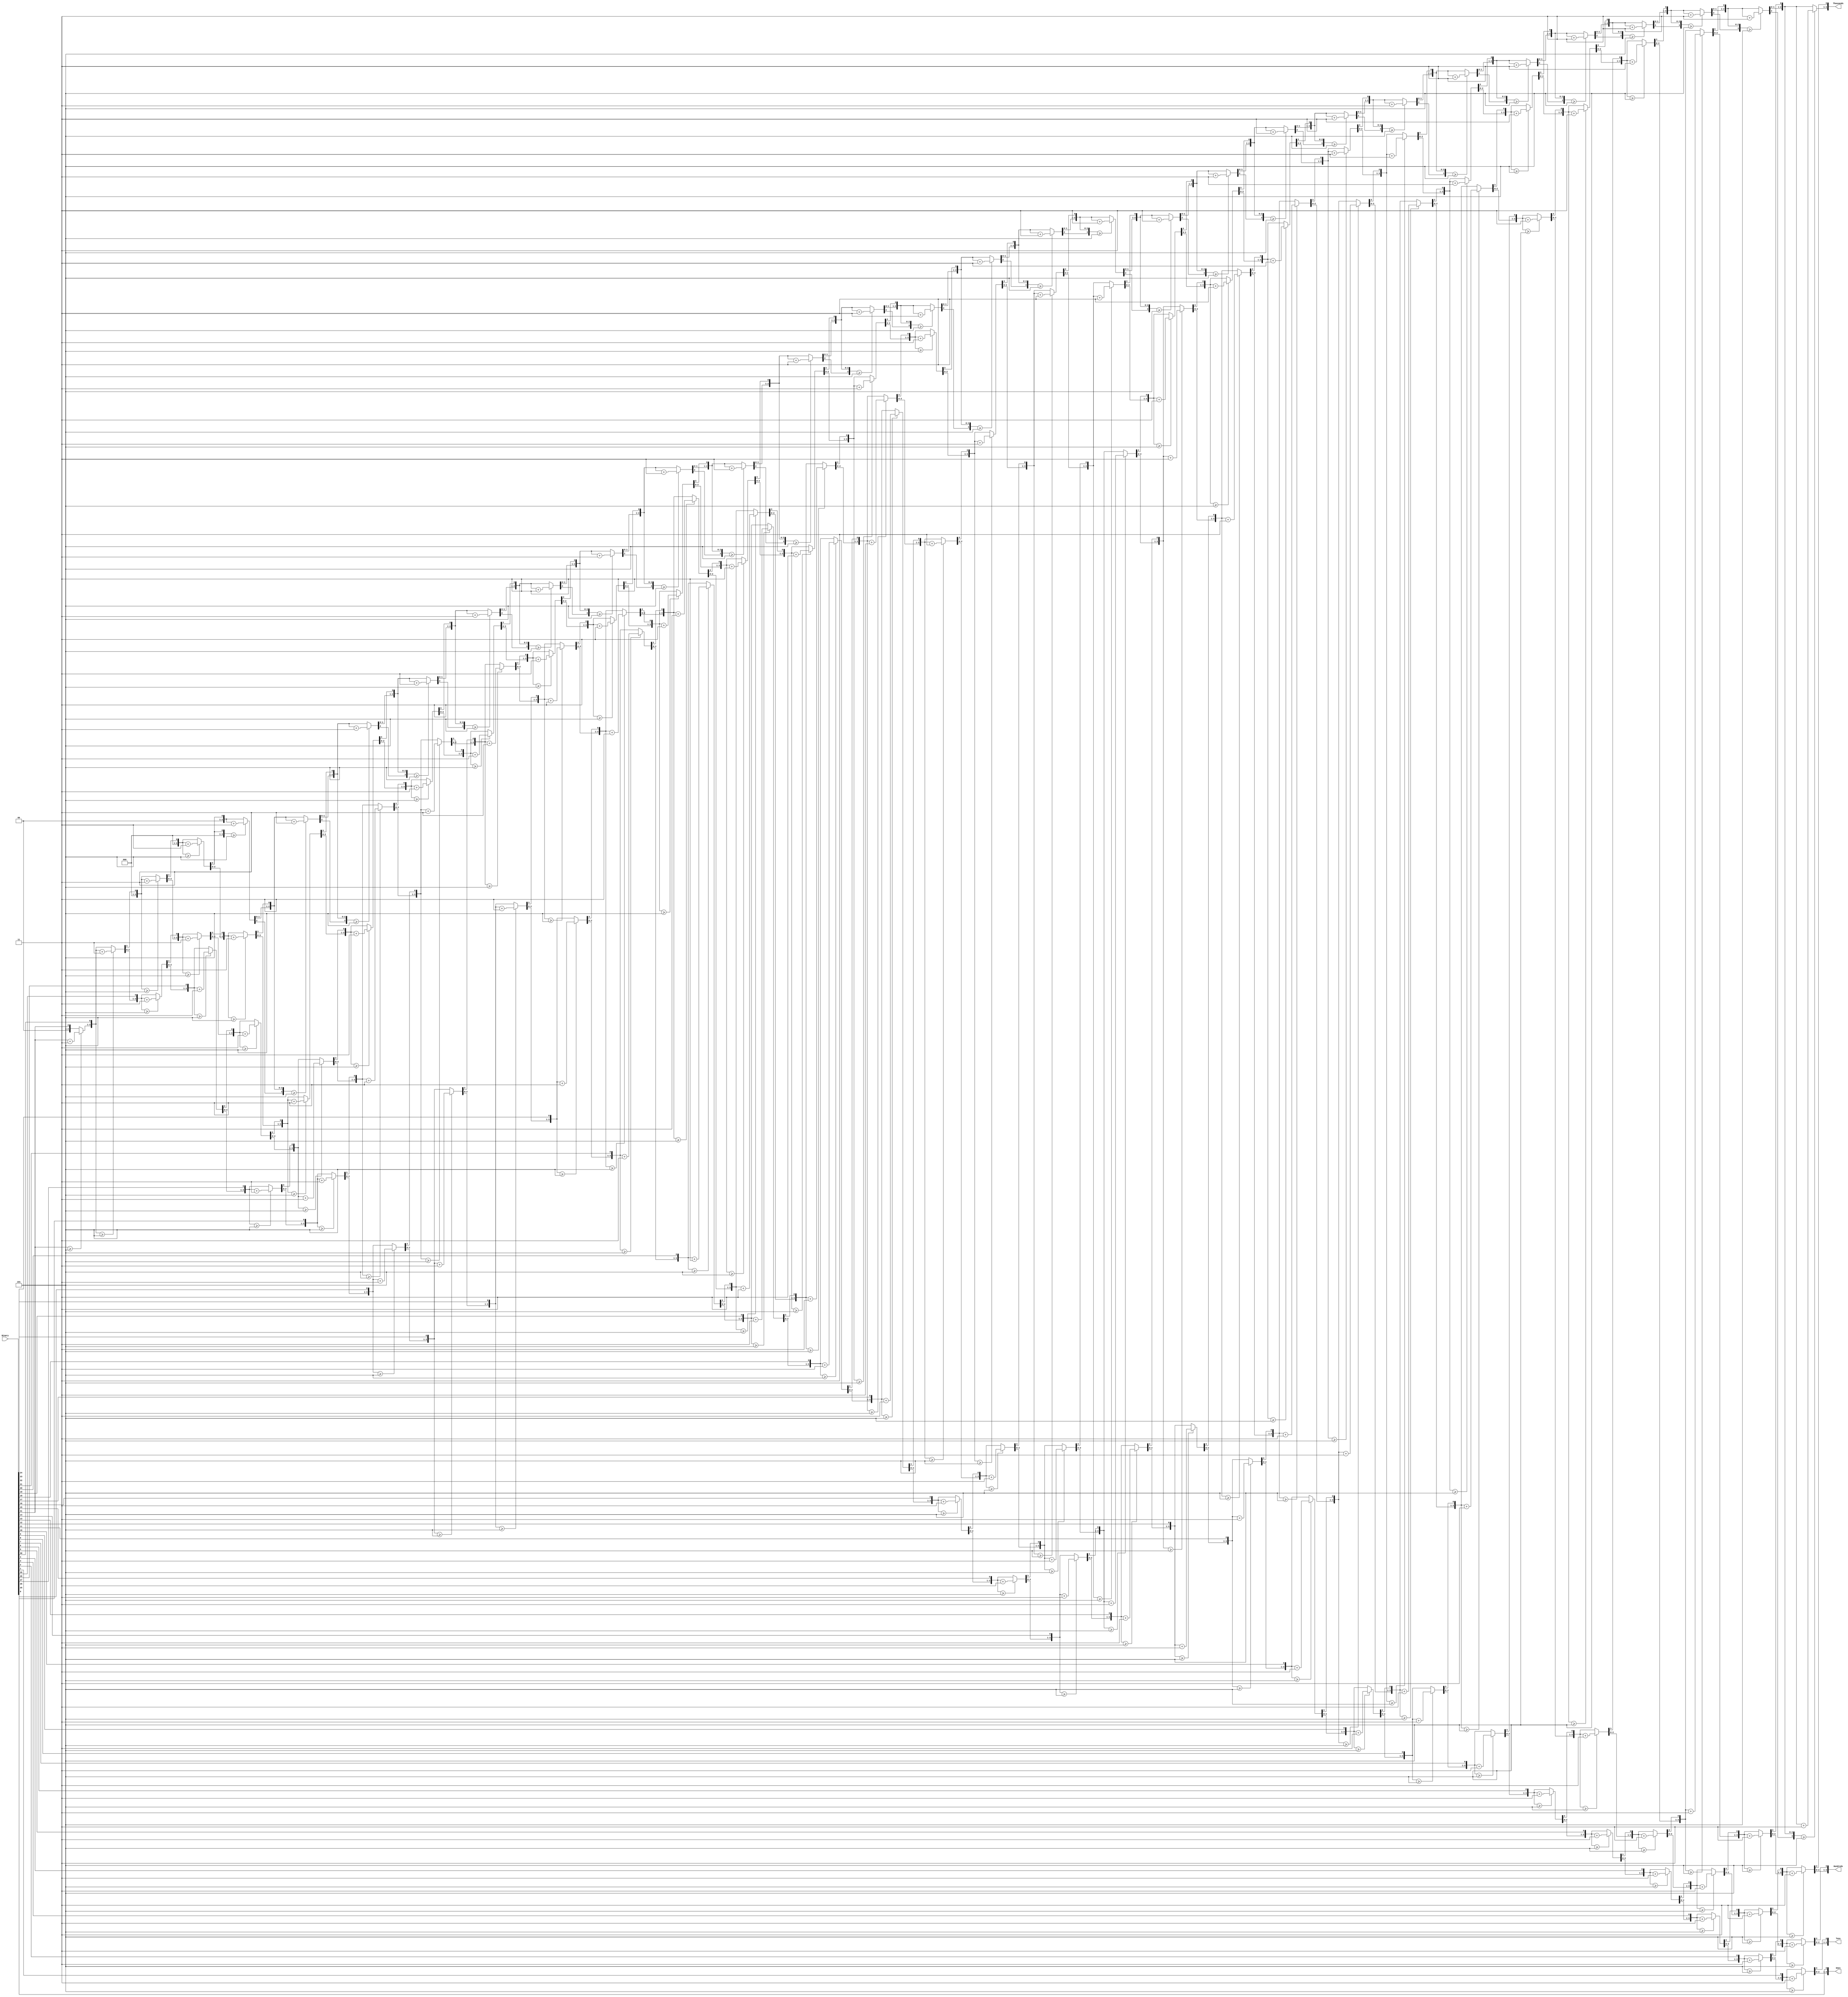
// BCDConverter.v
// Developed by: Adam Duke
// Adapted from: http://www.eng.utah.edu/~nmcdonal/Tutorials/BCDTutorial/BCDConversion.html
//
// Converts a binary number to a binary-coded decimal number

module BCDConverter(
    input [31:0] Binary,
    output reg [3:0] Thousands,
    output reg [3:0] Hundreds,
    output reg [3:0] Tens,
    output reg [3:0] Ones
);

integer i;
always@(Binary)
begin
  Thousands = 4'd0;
  Hundreds = 4'd0;
  Tens = 4'd0;
  Ones = 4'd0;

  for (i = 31; i >= 0; i = i - 1)
  begin
    // Add 3 to columns >= 5
    if (Thousands >= 5)
       Thousands = Thousands +3;
    if (Hundreds >= 5)
       Hundreds = Hundreds +3;
    if (Tens >= 5)
       Tens = Tens +3;
    if (Ones >= 5)
       Ones = Ones +3;
    
    // Shift left one
    Thousands = Thousands << 1;
    Thousands[0] = Hundreds[3];
    Hundreds = Hundreds << 1;
    Hundreds[0] = Tens[3];
    Tens = Tens << 1;
    Tens[0] = Ones[3];
    Ones = Ones << 1;
    Ones[0] = Binary[i];
  end
end

endmodule